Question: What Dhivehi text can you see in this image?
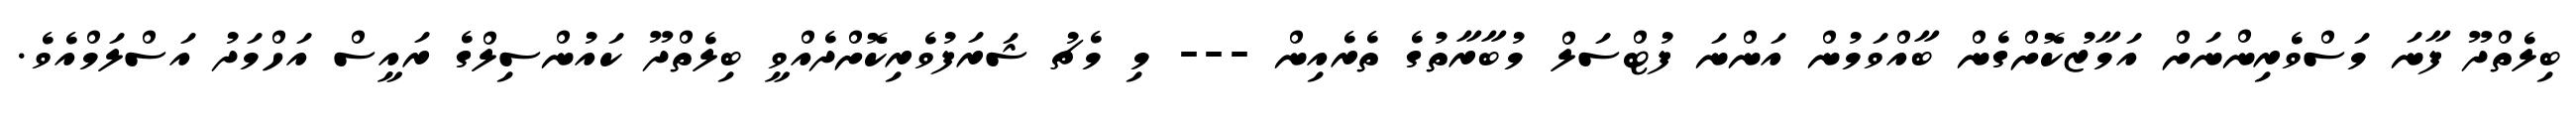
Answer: ބިލެތްދޫ ފާނަ މަސްވެރިންނަށް އަމާޒުކޮށްގެން ބާއްވަމުން އަންނަ ފުޓްސަލް މުބާރާތުގެ ތެރެއިން --- މި މެޗު ޝަރަފުވެރިކޮށްދެއްވީ ބިލެތްދޫ ކައުންސިލްގެ ރައީސް އަހްމަދު އަސްލަމްއެވެ.